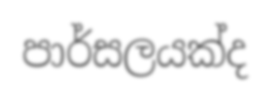
පාර්සලයක්ද